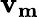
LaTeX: \mathbf{v_{m}}